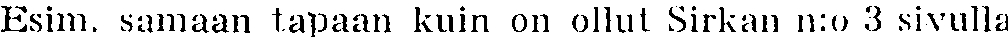
Esim. samaan tapaan kuin on ollut Sirkan n:o 3 sivulla